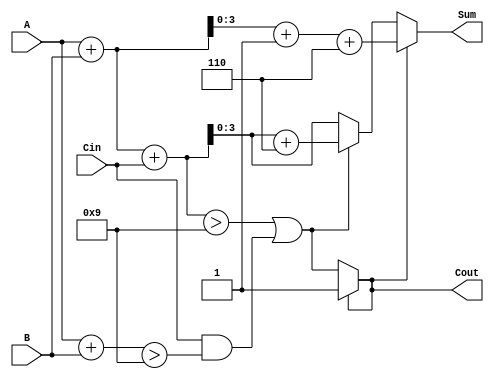
module BCD_MCSA (
    input  wire [3:0] A,      // BCD input A
    input  wire [3:0] B,      // BCD input B
    input  wire Cin,          // Carry-in
    output wire [3:0] Sum,    // BCD output Sum
    output wire Cout          // Carry-out
);

    wire [4:0] Sum0;          // Sum when carry is 0
    wire [4:0] Sum1;          // Sum when carry is 1
    wire Cout0, Cout1;        // Carry-out for both sums
    wire [4:0] Sum0_corrected; // Corrected Sum0
    wire [4:0] Sum1_corrected; // Corrected Sum1

    // Initial addition
    assign Sum0 = A + B + Cin; // Sum with carry-in
    assign Sum1 = A + B + 1'b1; // Sum with carry-in + 1

    // Carry generation
    assign Cout0 = (Sum0 > 4'd9) || (Cin && (A + B > 4'd9));
    assign Cout1 = (Sum1 > 4'd9) || (1'b1);

    // BCD correction logic
    assign Sum0_corrected = Cout0 ? (Sum0 + 5'd6) : Sum0; // Add 6 if necessary
    assign Sum1_corrected = Cout1 ? (Sum1 + 5'd6) : Sum1; // Add 6 if necessary

    // Multiplexer to select final sum based on carry-out
    assign Sum = Cout ? Sum1_corrected[3:0] : Sum0_corrected[3:0];
    assign Cout = Cout ? Cout1 : Cout0;

endmodule